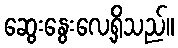
ဆွေးနွေးလေ့ရှိသည်။